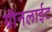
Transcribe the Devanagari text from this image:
ग्रीनलाईट